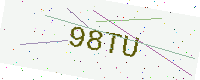
Text: 98TU